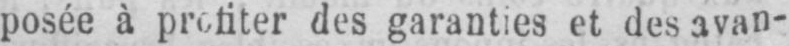
posée à profiter des garanties et des avan-